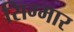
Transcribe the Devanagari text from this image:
सिग्मार